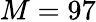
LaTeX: M=97